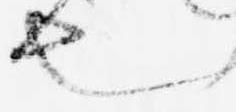
也